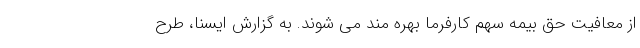
از معافیت حق بیمه سهم کارفرما بهره مند می شوند. به گزارش ایسنا، طرح